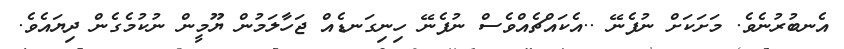
އެނބުރުނެވެ. މަށަކަށް ނުފެނޭ ..އެކައްޗެއްވެސް ނުފެނޭ ހިނިގަނޑެއް ޖަހާލަމުން ޔޫމީން ނުކުމެގެން ދިޔައެވެ.